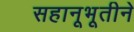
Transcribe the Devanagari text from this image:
सहानूभूतीने